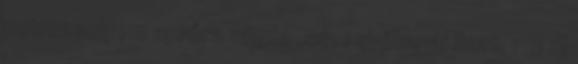
petrezselyem apróra vágva ,só, 1 evőkanál liszt, 1 2 dl